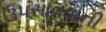
ઉપસાવવાની